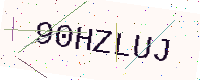
Text: 90HZLUJ